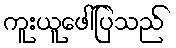
ကူးယူဖေါ်ပြသည်